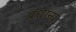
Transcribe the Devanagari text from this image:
प्रधान्य